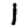
Digit: 1